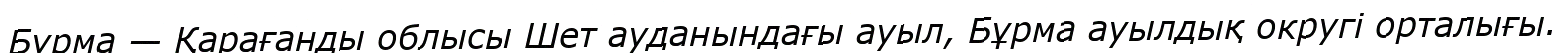
Бұрма — Қарағанды облысы Шет ауданындағы ауыл, Бұрма ауылдық округі орталығы.